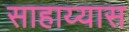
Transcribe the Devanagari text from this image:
साहाय्यास